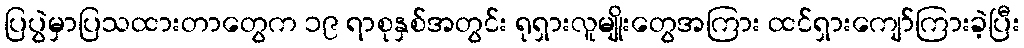
ပြပွဲမှာပြသထားတာတွေက ၁၉ ရာစုနှစ်အတွင်း ရုရှားလူမျိုးတွေအကြား ထင်ရှားကျော်ကြားခဲ့ပြီး